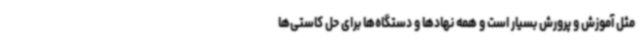
مثل آموزش و پرورش بسیار است و همه نهادها و دستگاه‌ها برای حل کاستی‌ها